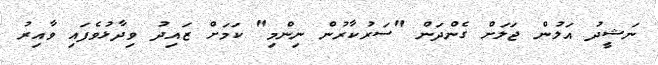
ނަޝީދު އަލުން ޖަލަށް ގެންދަން "ސަރުކާރުން ނިންމި" ކަމަށް ޒައިދު ވިދާޅުވެފައި ވާއިރު